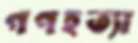
গণহত্যা